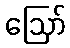
ဩော်